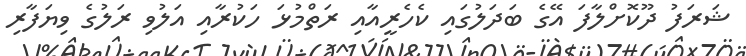
ޝަރަފު ދޫކޮށްލާފަ އޭގެ ބަދަލުގައި ކެހެރީއާއި ރަތްމުޅަ ހަކުރާއި އަލުވި ރަލުގެ ވިޔަފާރި